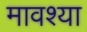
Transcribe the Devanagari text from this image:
मावश्या